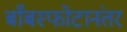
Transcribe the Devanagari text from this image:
बाँबस्फोटानंतर